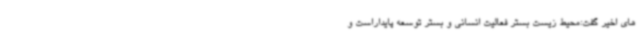
های اخیر گفت:محیط زیست بستر فعالیت انسانی و بستر توسعه پایداراست و